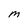
Character: M